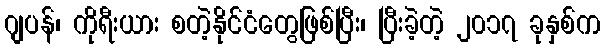
ဂျပန်၊ ကိုရီးယား စတဲ့နိုင်ငံတွေဖြစ်ပြီး၊ ပြီးခဲ့တဲ့ ၂၀၁၇ ခုနှစ်က